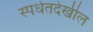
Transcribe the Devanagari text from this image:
स्पर्धेतदेखील